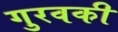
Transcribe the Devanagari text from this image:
गुरवकी